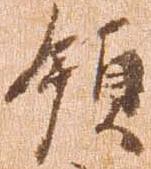
領